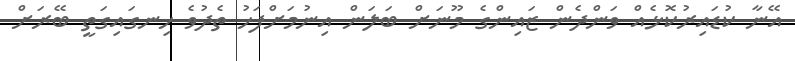
އޭނާ ކުޑައިރުކޮޅެއް ވަންދެން ޒައިންގެ މޫނަށް ބަލަން އިނުމަށްފަހު ތެދުވެ ހިނގައިގަތީ ބޭރަށް